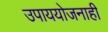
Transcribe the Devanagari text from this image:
उपाययोजनाही